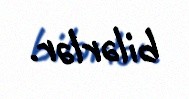
bilərlər.